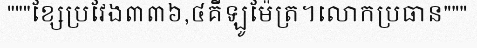
"""ខ្សែប្រវែង៣៣៦,៤គីឡូម៉ែត្រ។លោកប្រធាន"""